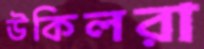
উকিলরা